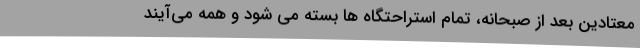
معتادین بعد از صبحانه، تمام استراحتگاه ها بسته می شود و همه می‌آیند